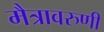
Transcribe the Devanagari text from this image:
मैत्रावरुणी